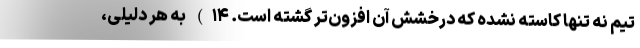
تیم نه تنها کاسته نشده که درخشش آن افزون‌تر گشته است. ۱۴) به هر دلیلی،